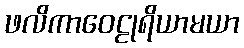
ဖလိကာဝေဠုရိယာမယာ